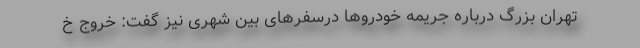
تهران بزرگ درباره جریمه خودروها درسفرهای بین شهری نیز گفت: خروج خ